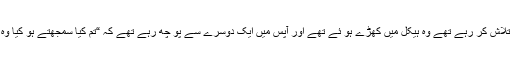
56 لوگ یسوع کو تلاش کر رہے تھے وہ ہیکل میں کھڑے ہو ئے تھے اور آپس میں ایک دوسرے سے پو چھ رہے تھے کہ “تم کیا سمجھتے ہو کیا وہ تقریب پر آئینگے؟